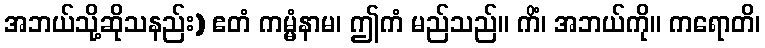
အဘယ်သို့ဆိုသနည်း) ဧတံ ကမ္မံနာမ၊ ဤကံ မည်သည်။ ကိံ၊ အဘယ်ကို။ ကရောတိ၊